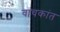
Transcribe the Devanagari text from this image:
वाचकांत